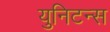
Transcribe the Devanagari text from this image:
युनिटन्स